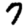
Digit: 7